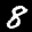
Label: 8